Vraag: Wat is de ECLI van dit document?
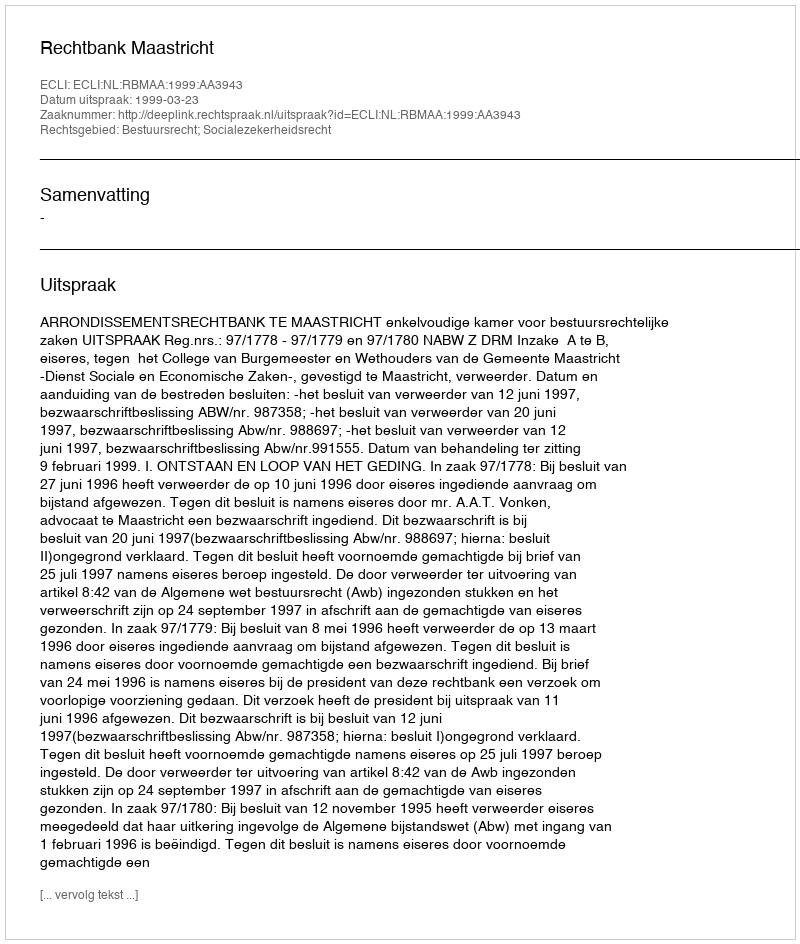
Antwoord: ECLI:NL:RBMAA:1999:AA3943